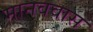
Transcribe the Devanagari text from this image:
मानववास